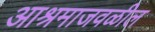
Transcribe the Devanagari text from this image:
आश्रमाजवळील